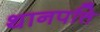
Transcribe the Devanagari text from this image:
थानपत्ति